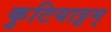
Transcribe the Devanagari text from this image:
कुटियाट्टम्